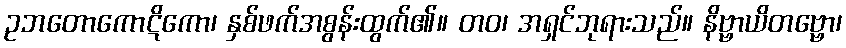
ဥဘတောကောဋိကော၊ နှစ်ဖက်အစွန်းထွက်၏။ တဝ၊ အရှင်ဘုရားသည်။ နိဗ္ဗာယိတဗ္ဗော၊